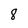
Character: 8